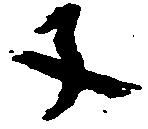
子